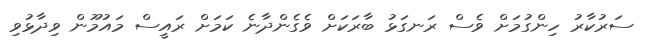
ސަރުކާރު ހިންގުމަށް ވެސް ރަނގަޅު ބާރަކަށް ވެގެންދާނެ ކަމަށް ރައީސް މައުމޫން ވިދާޅުވި